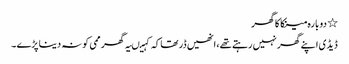
٭ دو بارہ مینکا کا گھر
ڈیڈی اپنے گھر نہیں رہتے تھے، انھیں ڈر تھاکہ کہیںیہ گھر ممی کو نہ دینا پڑے ۔